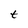
Character: t